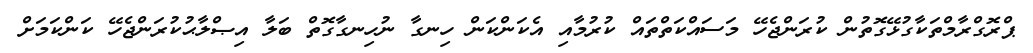
ޕްރޮގްރާމްތަކާގުޅޭގޮތުން ކުރަންޖެހޭ މަސައްކަތްތައް ކުރުމާއި އެކަންކަން ހިނގާ ނުހިނގާގޮތް ބަލާ އިޞްލާޙުކުރަންޖެހޭ ކަންކަމަށް